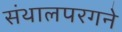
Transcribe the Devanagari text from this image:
संथालपरगने